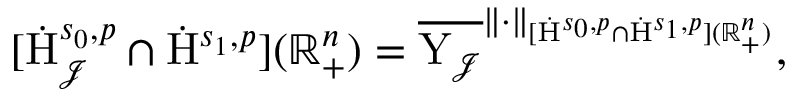
\begin{array} { r } { [ \dot { \mathrm { H } } _ { \mathcal { J } } ^ { s _ { 0 } , p } \cap { \dot { \mathrm { H } } ^ { s _ { 1 } , p } } ] ( \mathbb { R } _ { + } ^ { n } ) = \overline { { \mathrm { Y } _ { \mathcal { J } } } } ^ { \lVert \cdot \rVert _ { [ \dot { \mathrm { H } } ^ { s _ { 0 } , p } \cap { \dot { \mathrm { H } } ^ { s _ { 1 } , p } } ] ( \mathbb { R } _ { + } ^ { n } ) } } \mathrm { , ~ } } \end{array}